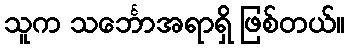
သူက သင်္ဘောအရာရှိ ဖြစ်တယ်။